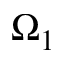
\Omega _ { 1 }